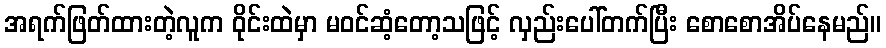
အရက်ဖြတ်ထားတဲ့လူက ဝိုင်းထဲမှာ မဝင်ဆံ့တော့သဖြင့် လှည်းပေါ်တက်ပြီး စောစောအိပ်နေမည်။